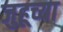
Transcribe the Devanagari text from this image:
जुहूच्या